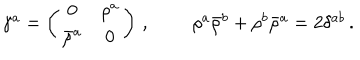
LaTeX: \begin{array} { c c } { { \gamma ^ { a } = \left( \begin{array} { c c } { { 0 } } & { { \rho ^ { a } } } \\ { { \bar { \rho } ^ { a } } } & { { 0 } } \\ \end{array} \right) \, , } } & { { ~ ~ \rho ^ { a } \bar { \rho } ^ { b } + \rho ^ { b } \bar { \rho } ^ { a } = 2 \delta ^ { a b } \, . } } \\ \end{array}